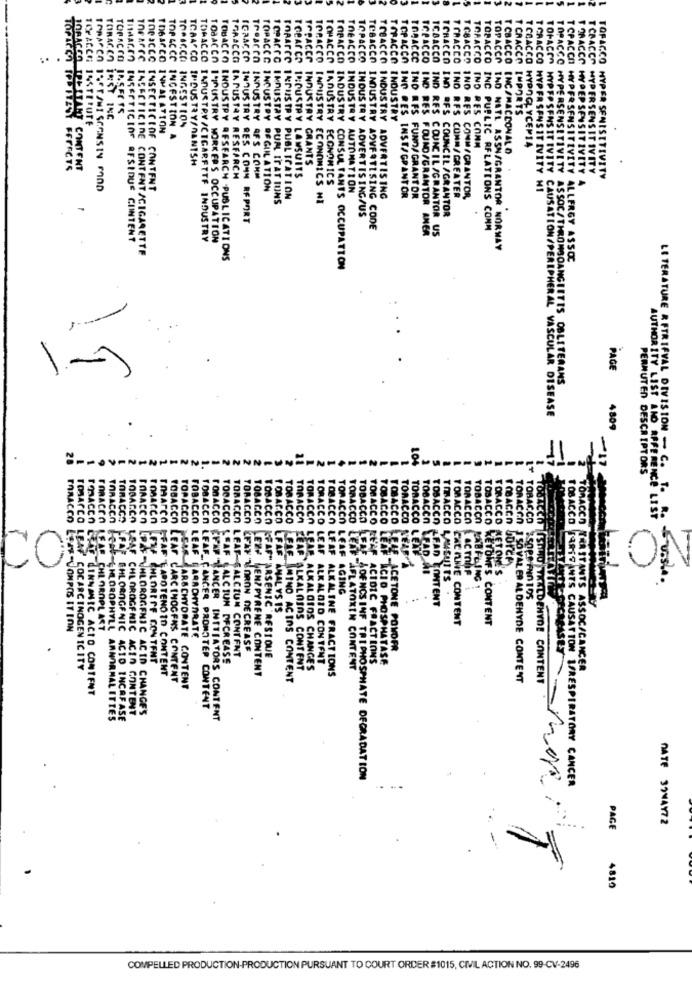
TOPA
TOPACCO
TIMHarEn
IGRACCO
TOBACCO
TAALCCC
ICPACCO
TOBACCO
TCRACCO
T GRACCO
TOBACCO
TOPACCO
TOPACK
TOPACCO
T CRACCO
IND
RFS
IND RES
TOFACCE 1%STEUTE
TORACEN TRSY INC
TORACCO INDUSTRY
TOBACCO INDUSTRY
TOPACCO INDUSTRY
THEACCO INHALATION
INGESTION
TOPICCC INSECTSCEOF
INGESTION A
TORACCO IND RES CONM
T CBACCO INC/MACCONALO
TCSACCO HYPOGLYCEM14
TCAACO INDUSTRY/NANTSH
INDUSTRY GRANTS
FFFFCTS
CONTENT
TOPARCO INDUSTRY LAWSUITS
TCRACCO HYPERSENSITIVITY
TRAACCG INDUSTRY RESEARCH
INDUSTRY RES COMM
INDUSTRY AFS CONM
LAWSUITS
TOPACCO INDUSTRY ECONOMICS
TORACCO HYDEPSENSITIVITY A
HYPER SENISTTIVITY
CONTENT
CC INDUSTRY DEGLILATION
TOEACCO INDUSTRY AUTOMATION
T CRACCO HYPERSENSITIVITY MI
TOPACCO INDUSTRY PUPL ITAT TUNS
FORATCO INDUSTRY PUBLICATION
ECONOMICS HI
TOBACCO INDUSTRY ADVERTISING
TOPACCO IND RES INSE/GPANTOR
FUND/GRANTOR
TNO RFS CONN/GREATER
CONM/GRANTOR
TOPACCO INDUSTRY ADVERTISING/US
IN RFS COUNCIL /GRANTOR
REPORT
TOBACCO INDUSTRY ADVERTISING CODE
IND RES FOUND/GRANTOR ANER
IND RES COUNCIL /GRANTOR US
INC PUBLIC RELATIONS CONM
INSECTICING RESIDUS CIINTENT
TOBACCO INDUSTRY/CIGARETTE INDUSTRY
TOBACCO 1 PUSTRY WORKERS OCCUPATION
CONTENT /CIGARETTE
TOPACCO TAD NATL ASSN/GRANTOR NORWAY
TOBACCO INDUSTRY RESEARCH -PUBLICATIONS
TCPACCO HYPERSENSITIVITY ALLERGY ASSOC
CONSUL TANTS OCCUPATION
PAGE
TOPACCO HYPERSENSITIVITY ASSOC/THROMBOANGIITIS OBLITERANS
HYPERSENSITIVITY CAUSATION/PERIPHERAL VASCULAR DISEASE
4809
--- 04-
-NOONNOONN
104
PERMUTED DESCRIPTORS
LITERATURE RETRIEVAL DIVISION - C. T.
TOBACCO
TOBACCO
TOBACCO
TOBACCO
TORACCO
TOBACCO
TOBACCO
TOBACCO
FORACCO
TORACCO
TOBACCO
TORACCO
TORACEO
TOBACCO
AUTHORITY LIST AND APFERENCE LISE
rn
en
en
en
CO
CO
CO
ECO LEAF
CO LEAF
KET OM
LAcrOne
FAD AI
TOBACCO LABFLING
TOBACCO LAWSUITS .
AGING
LFAD CONTENT
ACCO LFAF ANALYSIS
CAL INNE CONTENT
LYONFS CONTENT
CO LESE-JONPOS IT ION
AS_CHLOROPLAST
CO LEAF CARROHYDRATE
CO EFAY TORON DECREASE
LE _ACETONE POVOFR
EL CHLOREFF CONTENT
TOBACCO LEAF CALCIUM DECREASE
ACCO LEAF-SALCIUN CONTENT
CCO (FAF" ARSENIC RESIQUE
CO REAF ACIDIC FRACTIONS
"ACID PHOSPHATASE
SAV' COCARCINOGENIC ITY
FAF TAPOTENOTO CONTENT
CCO LEPP NEN?PYRENE CONTENT
POLKALOINS CONTENT
ACCO LEAR, ALKALOIDS CHANGES
ACCO LEAF ALKALOID CONTENT
ACCO LEAF ALKALINE FRACTIONS
CO LEAF AFLATOXIN CONTENT
TRAITANTS ASSOC/CANCER
cn LEAF CARCINOGENS CONTENT
CCO SAR ARSCHYDRATE CONTENT
TOBACCO FAF AMINO ACIDS CONTENT
ISO VAL ER ALDEHYDE CONTENT
LINNANIC ACTO CONTENT
ISTWO THALDEHYDE CONTENT
SAF CHLOROGENIC ACIN CONTENT
FHLOROGENIC ACID CHANGES
TOBACCO LEAF_ CANCER PROMOTER CONTENT
CAF-CHLOROPHYLL AMNORMAL ITTES
CHLORNGFNIC ACID INCAFASE
TOBACCO ENAP "LANCER INITIATORS CONTENT
FRE ADENCS INF TRIPHOSPHATE DEGRADATION
CO FARTEINTS CAUSATION IFRESPIRATORY CANCER
DATE 39MAYIZ
...
PAGE
4819
COMPELLED PRODUCTION-PRODUCTION PURSUANT TO COURT ORDER #1015, CIVIL ACTION NO. 99-CV-2496